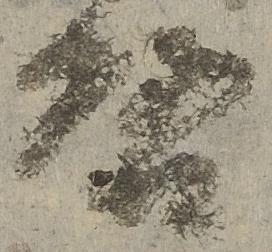
啓